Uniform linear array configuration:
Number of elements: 4
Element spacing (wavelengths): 0.25
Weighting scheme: cosine
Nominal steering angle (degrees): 15
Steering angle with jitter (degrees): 14.214
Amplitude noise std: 0.05
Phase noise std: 0.05

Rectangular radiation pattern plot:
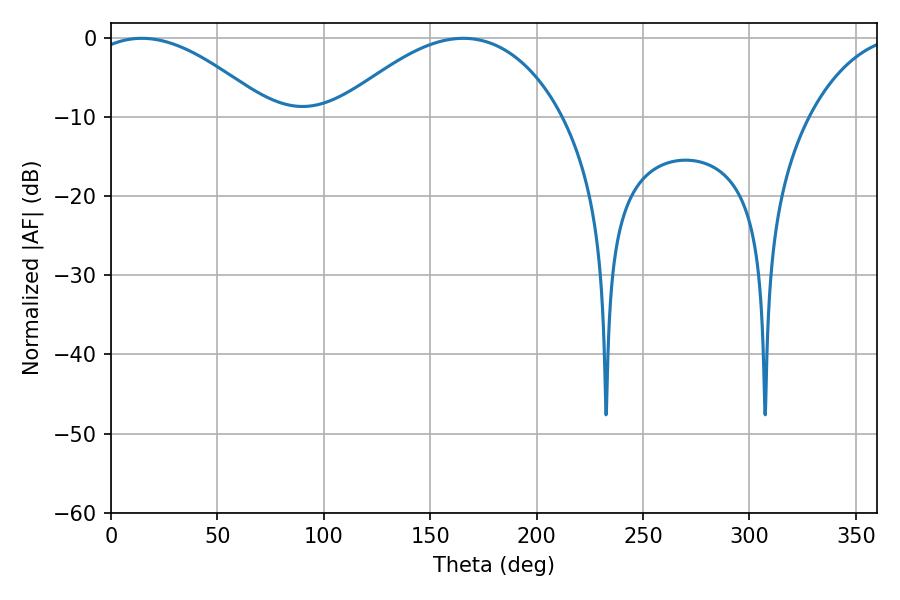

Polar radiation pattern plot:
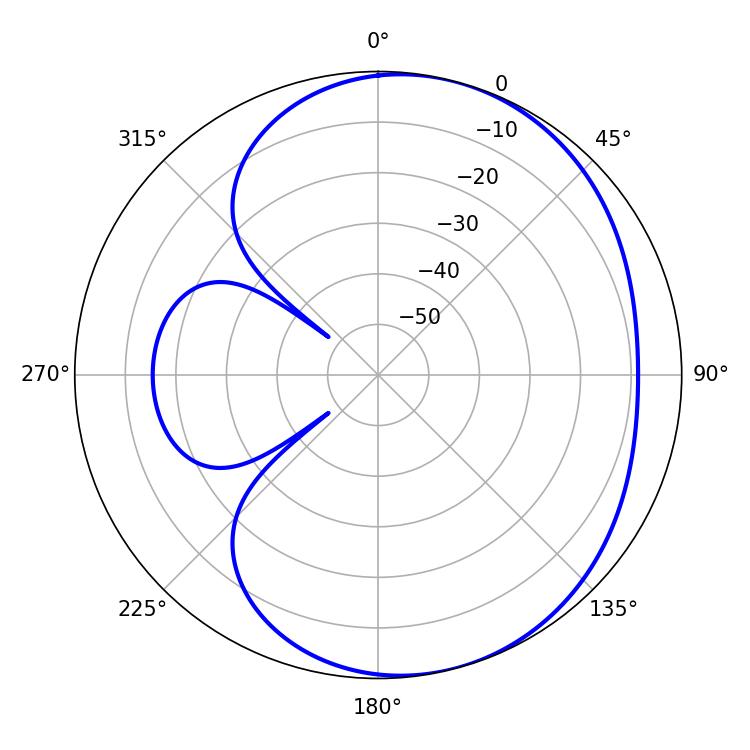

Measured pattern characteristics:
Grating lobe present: FALSE
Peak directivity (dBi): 4.645
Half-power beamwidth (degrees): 46.44
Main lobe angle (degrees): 14.4